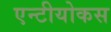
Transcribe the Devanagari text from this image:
एन्टीयोकस